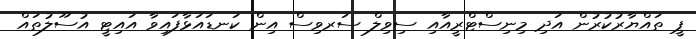
ޕީ ތައްޔާރުކުރުން އަދި މިނިސްޓްރީއާއި ސިވިލް ސަރވިސް އިން ކަނޑައަޅާފައިވާ އައިޓީ އުސޫލުތައް